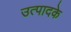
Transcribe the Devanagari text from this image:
उत्पादके